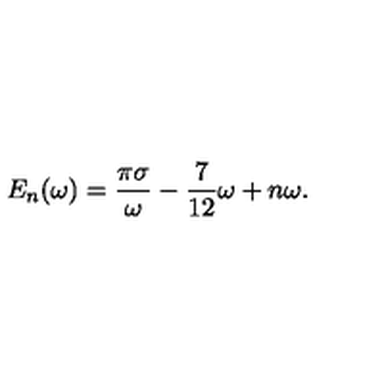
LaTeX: E _ { n } ( \omega ) = \frac { \pi \sigma } { \omega } - \frac { 7 } { 1 2 } \omega + n \omega .